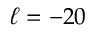
\ell = - 2 0